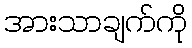
အားသာချက်ကို